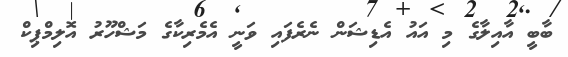
ބާބީ އާއިލާގެ މި އައު އެޑިޝަން ނެރެފައި ވަނީ އެމެރިކާގެ މަޝްހޫރު އޮލިމްޕިކް